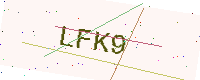
Text: LFK9